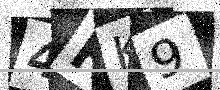
Text: 4HK9